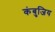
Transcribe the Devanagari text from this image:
कंबुजिय